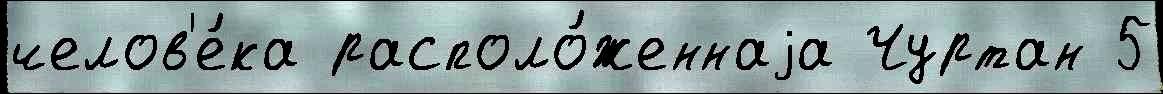
челов'е́ка располо́женнаjа Чуртан 5